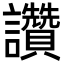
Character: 讚